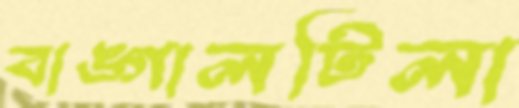
বাঙ্গালটিলা